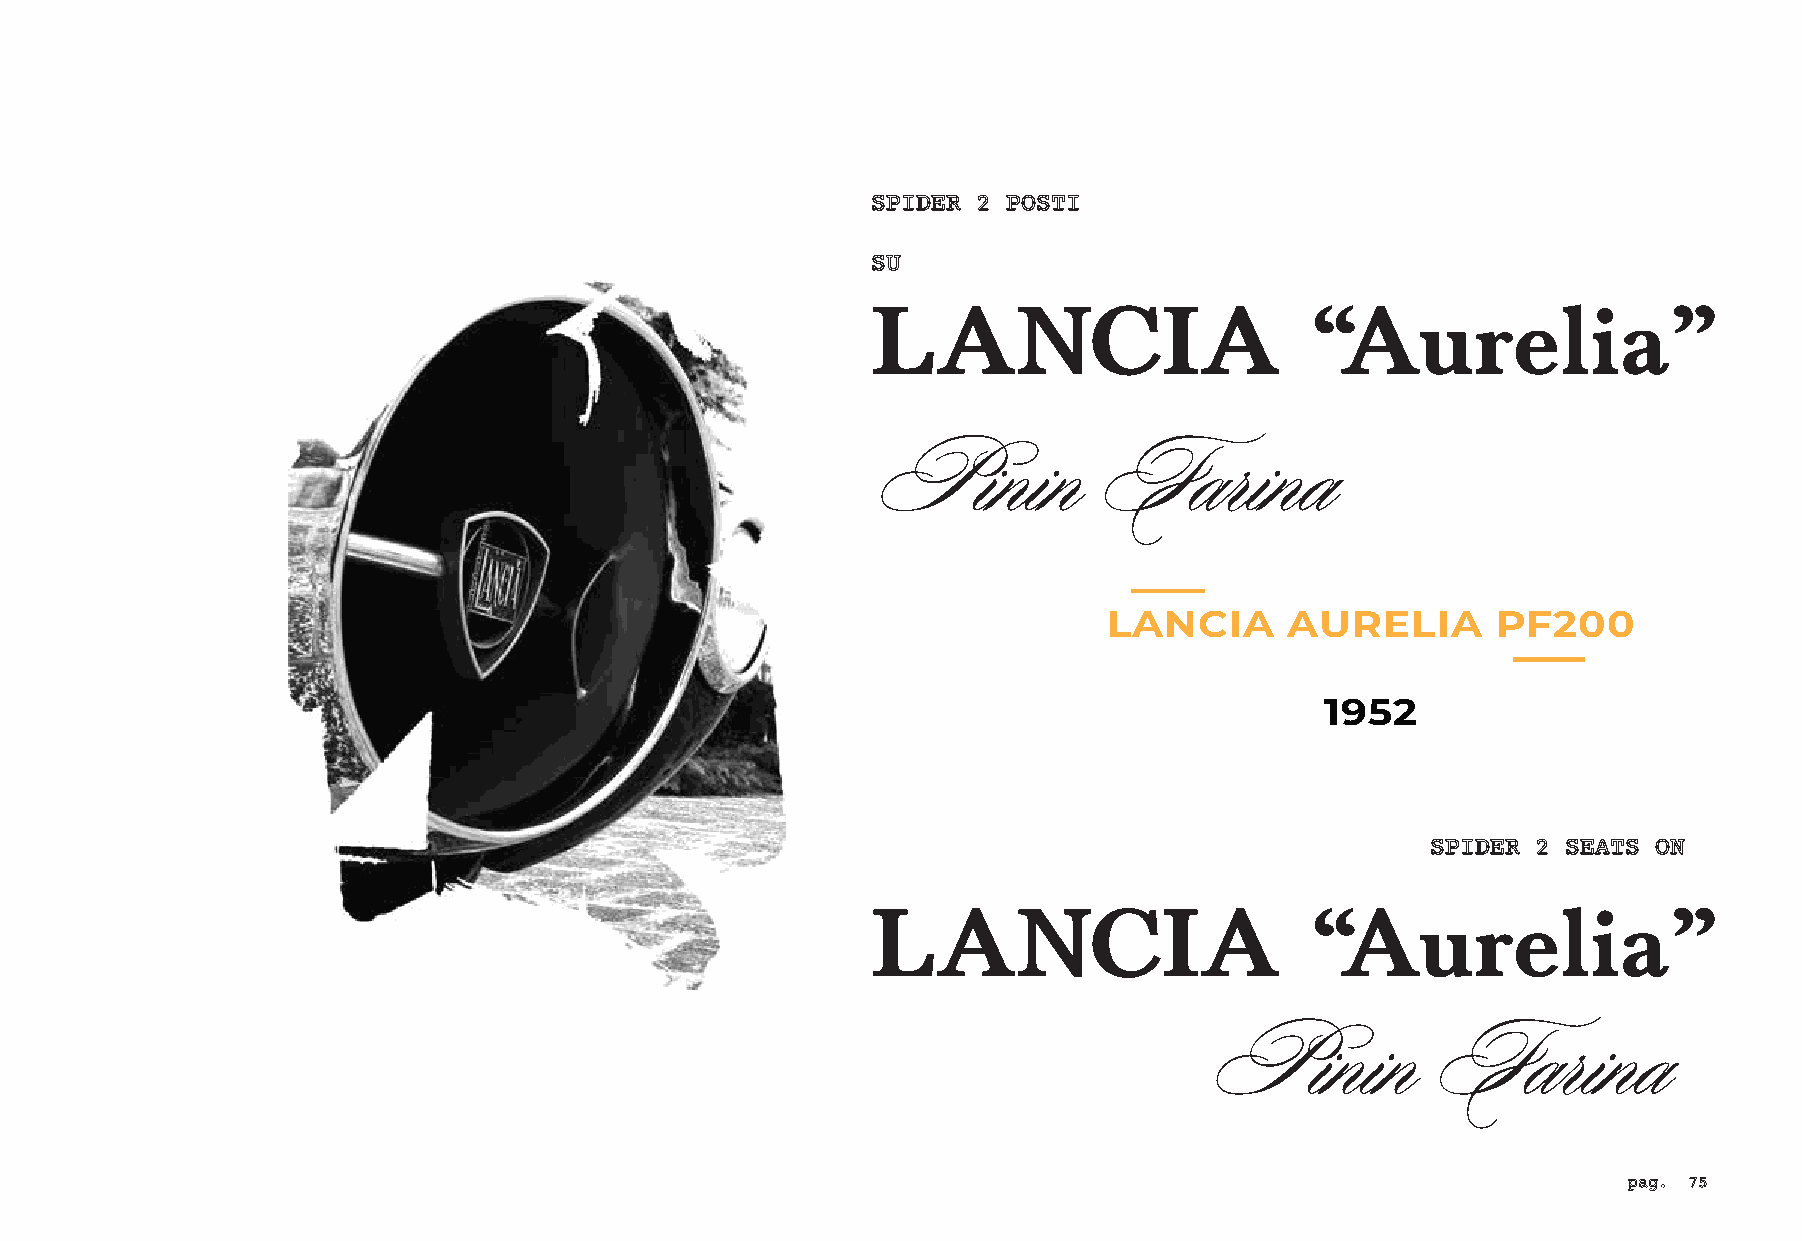
SPIDER 2 POSTI
 SU
 LANCIA                       “Aurelia”
 Pinin         Farina
 LANCIA      AURELIA       PF200
 1952
 SPIDER 2 SEATS ON
 LANCIA                       “Aurelia”
 Pinin          Farina
 pag. 75